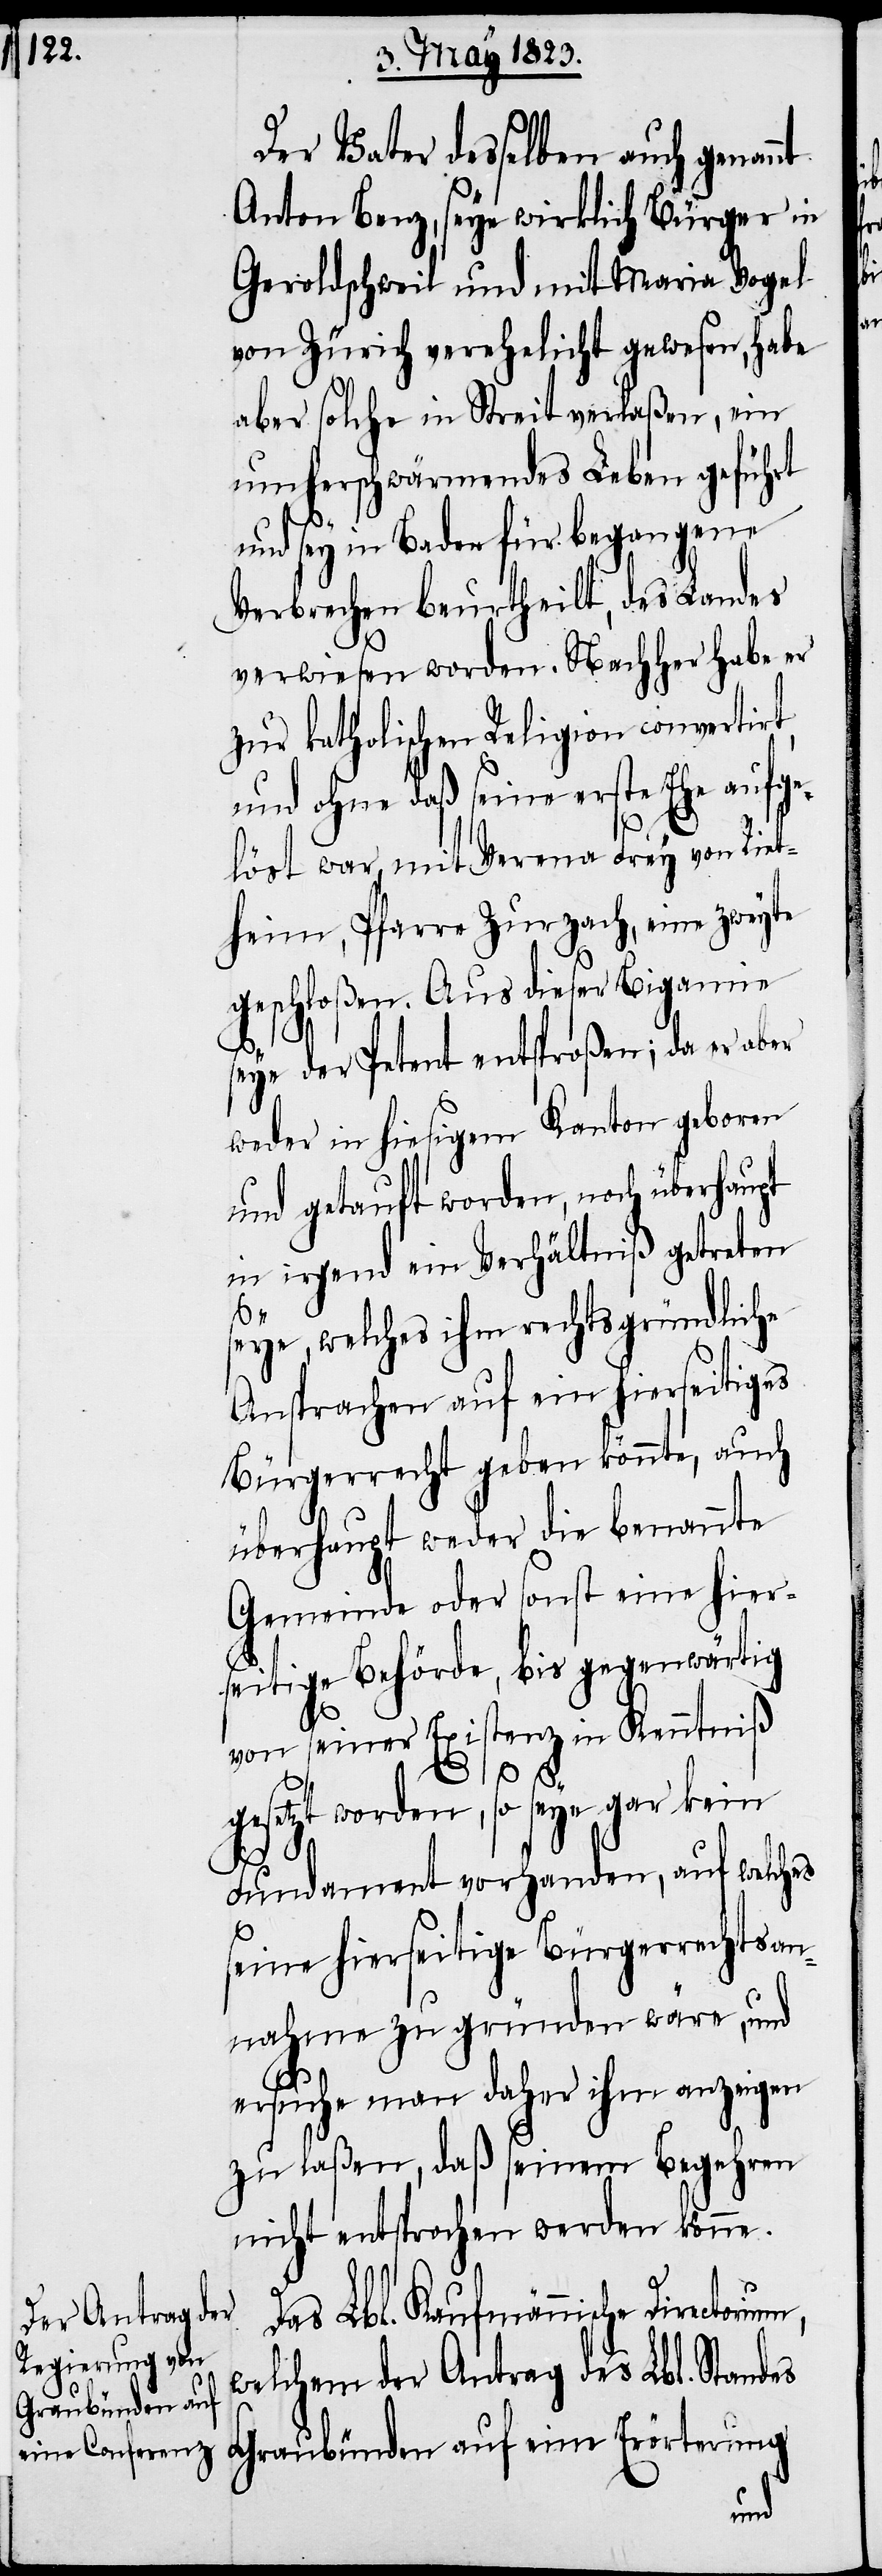
Der Vater desselben auch genannt
Anton Benz, seye wirklich Bürger in
Geroldschweil und mit Maria Vogel
von Zürich verehelicht gewesen, habe
aber solche in Streit verlaßen, ein
umherschwärmendes Leben geführt
und sey in Baden für begangene
Verbrechen beurtheilt, des Landes
verwiesen worden. Nachher habe er
zur katholischen Religion convertir¬
und ohne daß seine erste Ehe aufge¬
löst war, mit Verena Frey von Riet¬
heim, Pfarre Zurzach, eine zweyte
geschloßen. Aus dieser Bigamie
seye der Petent entsproßen; da er aber
weder in hiesigem Kanton geboren
und getauft worden, noch überhaupt
in irgend ein Verhältniß getreten
seye, welches ihm rechtsgründliche
Ansprachen auf ein hierseitiges
Bürgerrecht geben könnte, auch
überhaupt weder die benannte
Gemeinde oder sonst eine hier¬
seitige Behörde, bis gegenwärtig
von seiner Existenz in Kenntniß
t,
gesetzt worden, so seye gar kein
Fundament vorhanden, auf welches
seine hierseitige Bürgerrechtsan¬
nahme zu gründen wäre, und
ersuche man daher ihm anzeigen
zu laßen, daß seinem Begehren
nicht entsprochen werden könne.
Das Lbl. Kaufmännische Director¬
welchem der Antrag des Lbl. Standes
Graubünden auf eine Erörterung
ium,